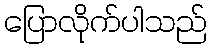
ပြောလိုက်ပါသည်